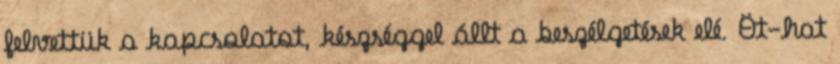
felvettük a kapcsolatot, készséggel állt a beszélgetések elé. Öt-hat